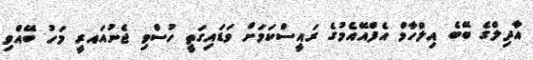
އާދިލްގެ ބޭބެ އިލްހާމް އެފްއޭއެމުގެ ރައީސްކަމަށް ވަޑައިގަތީ ހުސްވި ޖެނުއައރީ މަހު ބޭއްވި